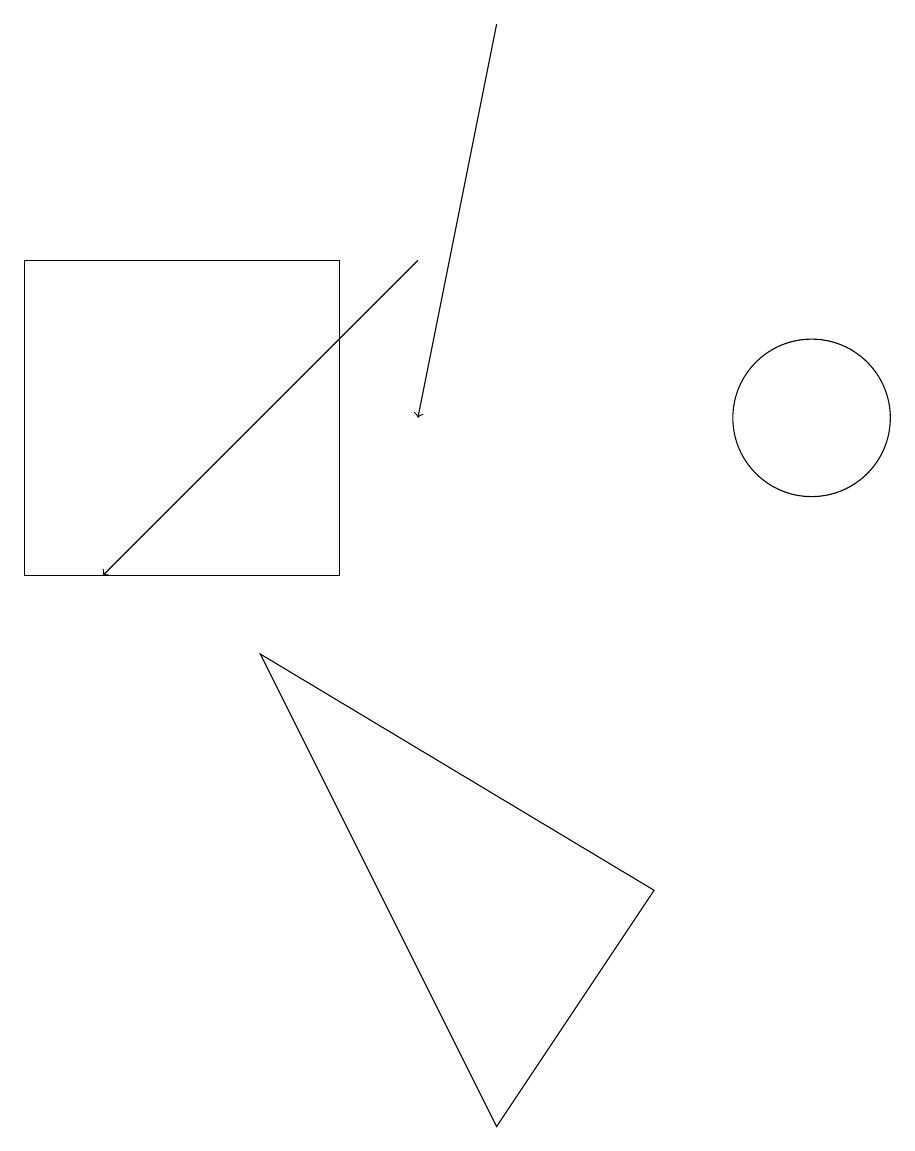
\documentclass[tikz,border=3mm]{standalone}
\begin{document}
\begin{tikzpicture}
\draw (5,14) rectangle (1,10);
\draw[->] (7,17) -- (6,12);
\draw[->] (6,14) -- (2,10);
\draw (11,12) circle (1);
\draw (9,6) -- (7,3) -- (4,9) -- cycle;
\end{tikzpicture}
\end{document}